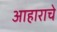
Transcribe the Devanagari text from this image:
आहाराचे